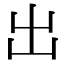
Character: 出